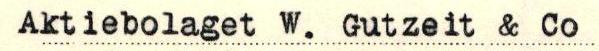
Aktiebolaget W. Gutzeit & Co